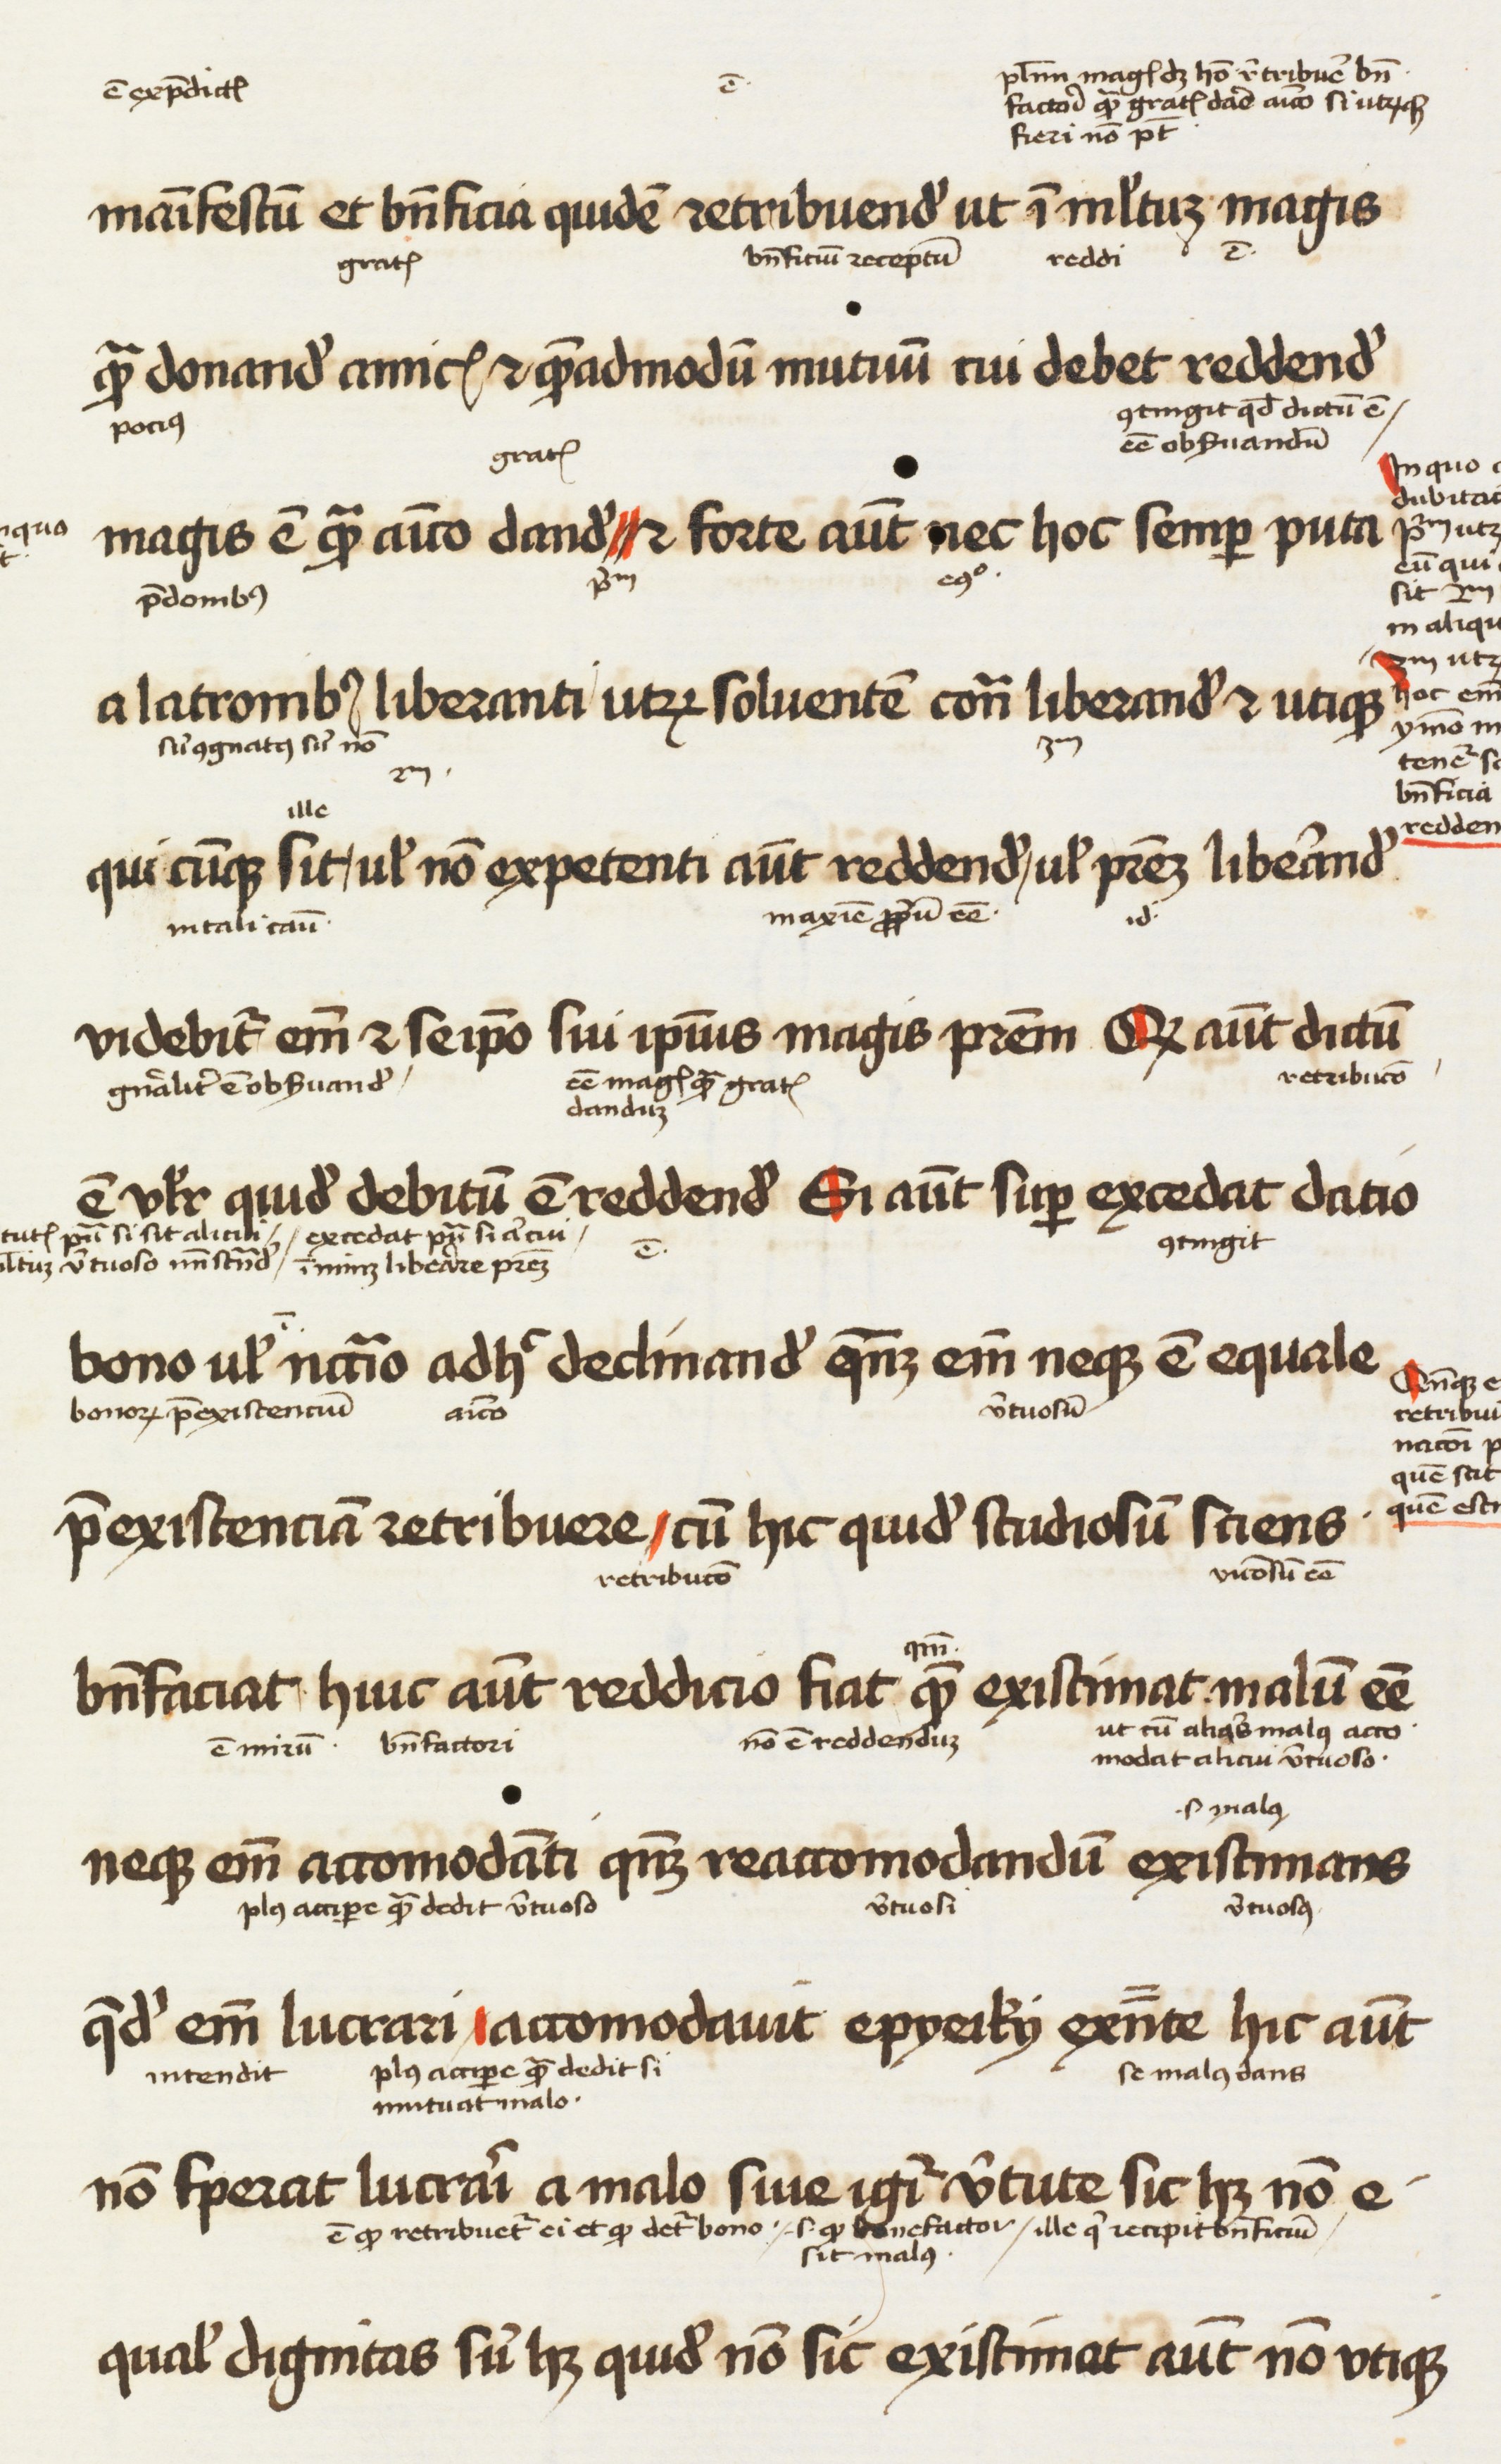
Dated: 1450–1474